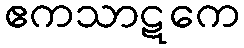
ဧကသာဋကေ